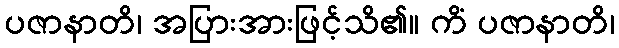
ပဇာနာတိ၊ အပြားအားဖြင့်သိ၏။ ကိံ ပဇာနာတိ၊